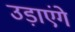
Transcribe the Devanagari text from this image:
उड़ाएंगे